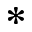
^ *